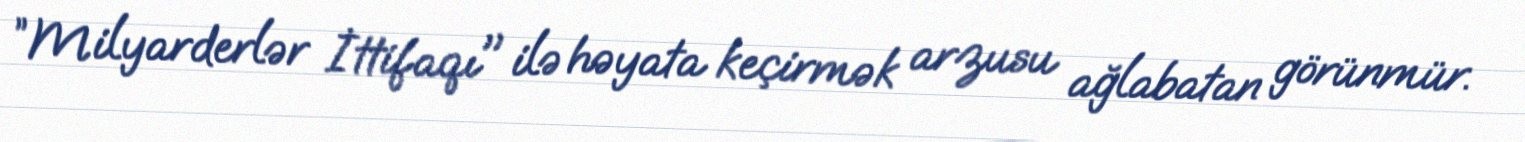
”Milyarderlər İttifaqı" ilə həyata keçirmək arzusu ağlabatan görünmür.